Annual administration report of the Civil Veterinary Department of India - 1895-1896
Year: 1895
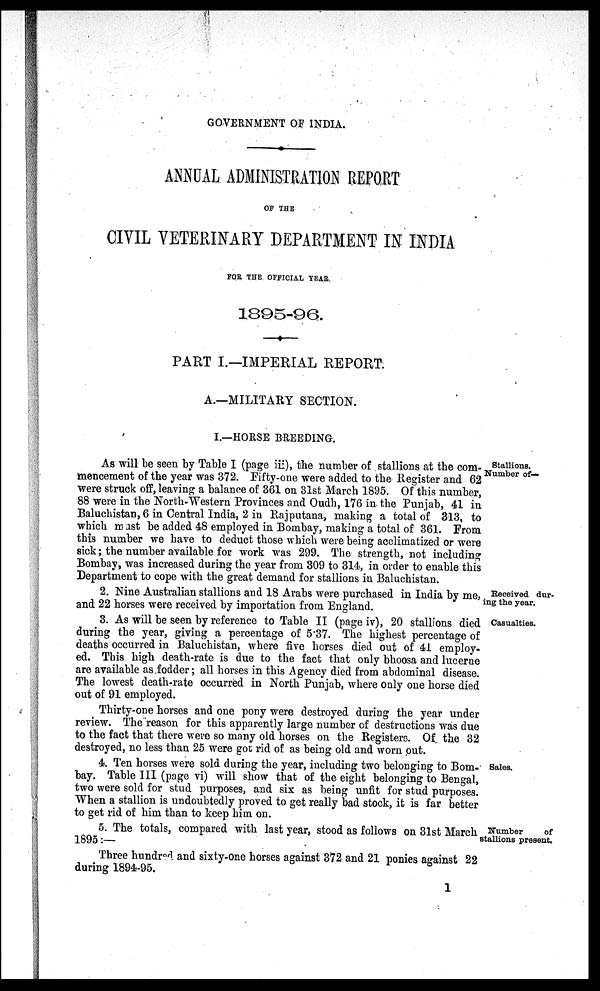
GOVERNMENT OF INDIA.
ANNUAL ADMINISTRATION REPORT
OF THE
CIVIL VETERINARY DEPARTMENT IN INDIA
FOR THE OFFICIAL YEAR.
1895-96.
PART I.—IMPERIAL REPORT.
A.—MILITARY SECTION.
I.—HORSE BREEDING.
Stallions.
Number of—
As will be seen by Table I (page iii), the number of stallions at the com-
mencement of the year was 372. Fifty-one were added to the Register and 62
were struck off, leaving a balance of 361 on 31st March 1895. Of this number,
88 were in the North-Western Provinces and Oudh, 176 in the Punjab, 41 in
Baluchistan, 6 in Central India, 2 in Rajputana, making a total of 313, to
which must be added 48 employed in Bombay, making a total of 361. From
this number we have to deduct those which were being acclimatized or were
sick; the number available for work was 299. The strength, not including
Bombay, was increased during the year from 309 to 314, in order to enable this
Department to cope with the great demand for stallions in Baluchistan.
Received dur-
ing the year.
2. Nine Australian stallions and 18 Arabs were purchased in India by me,
and 22 horses were received by importation from England.
Casualties.
3. As will be seen by reference to Table II (page iv), 20 stallions died
during the year, giving a percentage of 5.37. The highest percentage of
deaths occurred in Baluchistan, where five horses died out of 41 employ-
ed. This high death-rate is due to the fact that only bhoosa and lucerne
are available as fodder; all horses in this Agency died from abdominal disease.
The lowest death-rate occurred in North Punjab, where only one horse died
out of 91 employed.
Thirty-one horses and one pony were destroyed during the year under
review. The reason for this apparently large number of destructions was due
to the fact that there were so many old horses on the Registers. Of the 32
destroyed, no less than 25 were got rid of as being old and worn out.
Sales.
4. Ten horses were sold during the year, including two belonging to Bom-
bay. Table III (page vi) will show that of the eight belonging to Bengal,
two were sold for stud purposes, and six as being unfit for stud purposes.
When a stallion is undoubtedly proved to get really bad stock, it is far better
to get rid of him than to keep him on.
Number
of
stallions present.
5. The totals, compared with last year, stood as follows on 31st March
1895:—
Three hundred and sixty-one horses against 372 and 21 ponies against 22
during 1894-95.
1